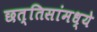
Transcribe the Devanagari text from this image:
छत्तिसांमध्ये